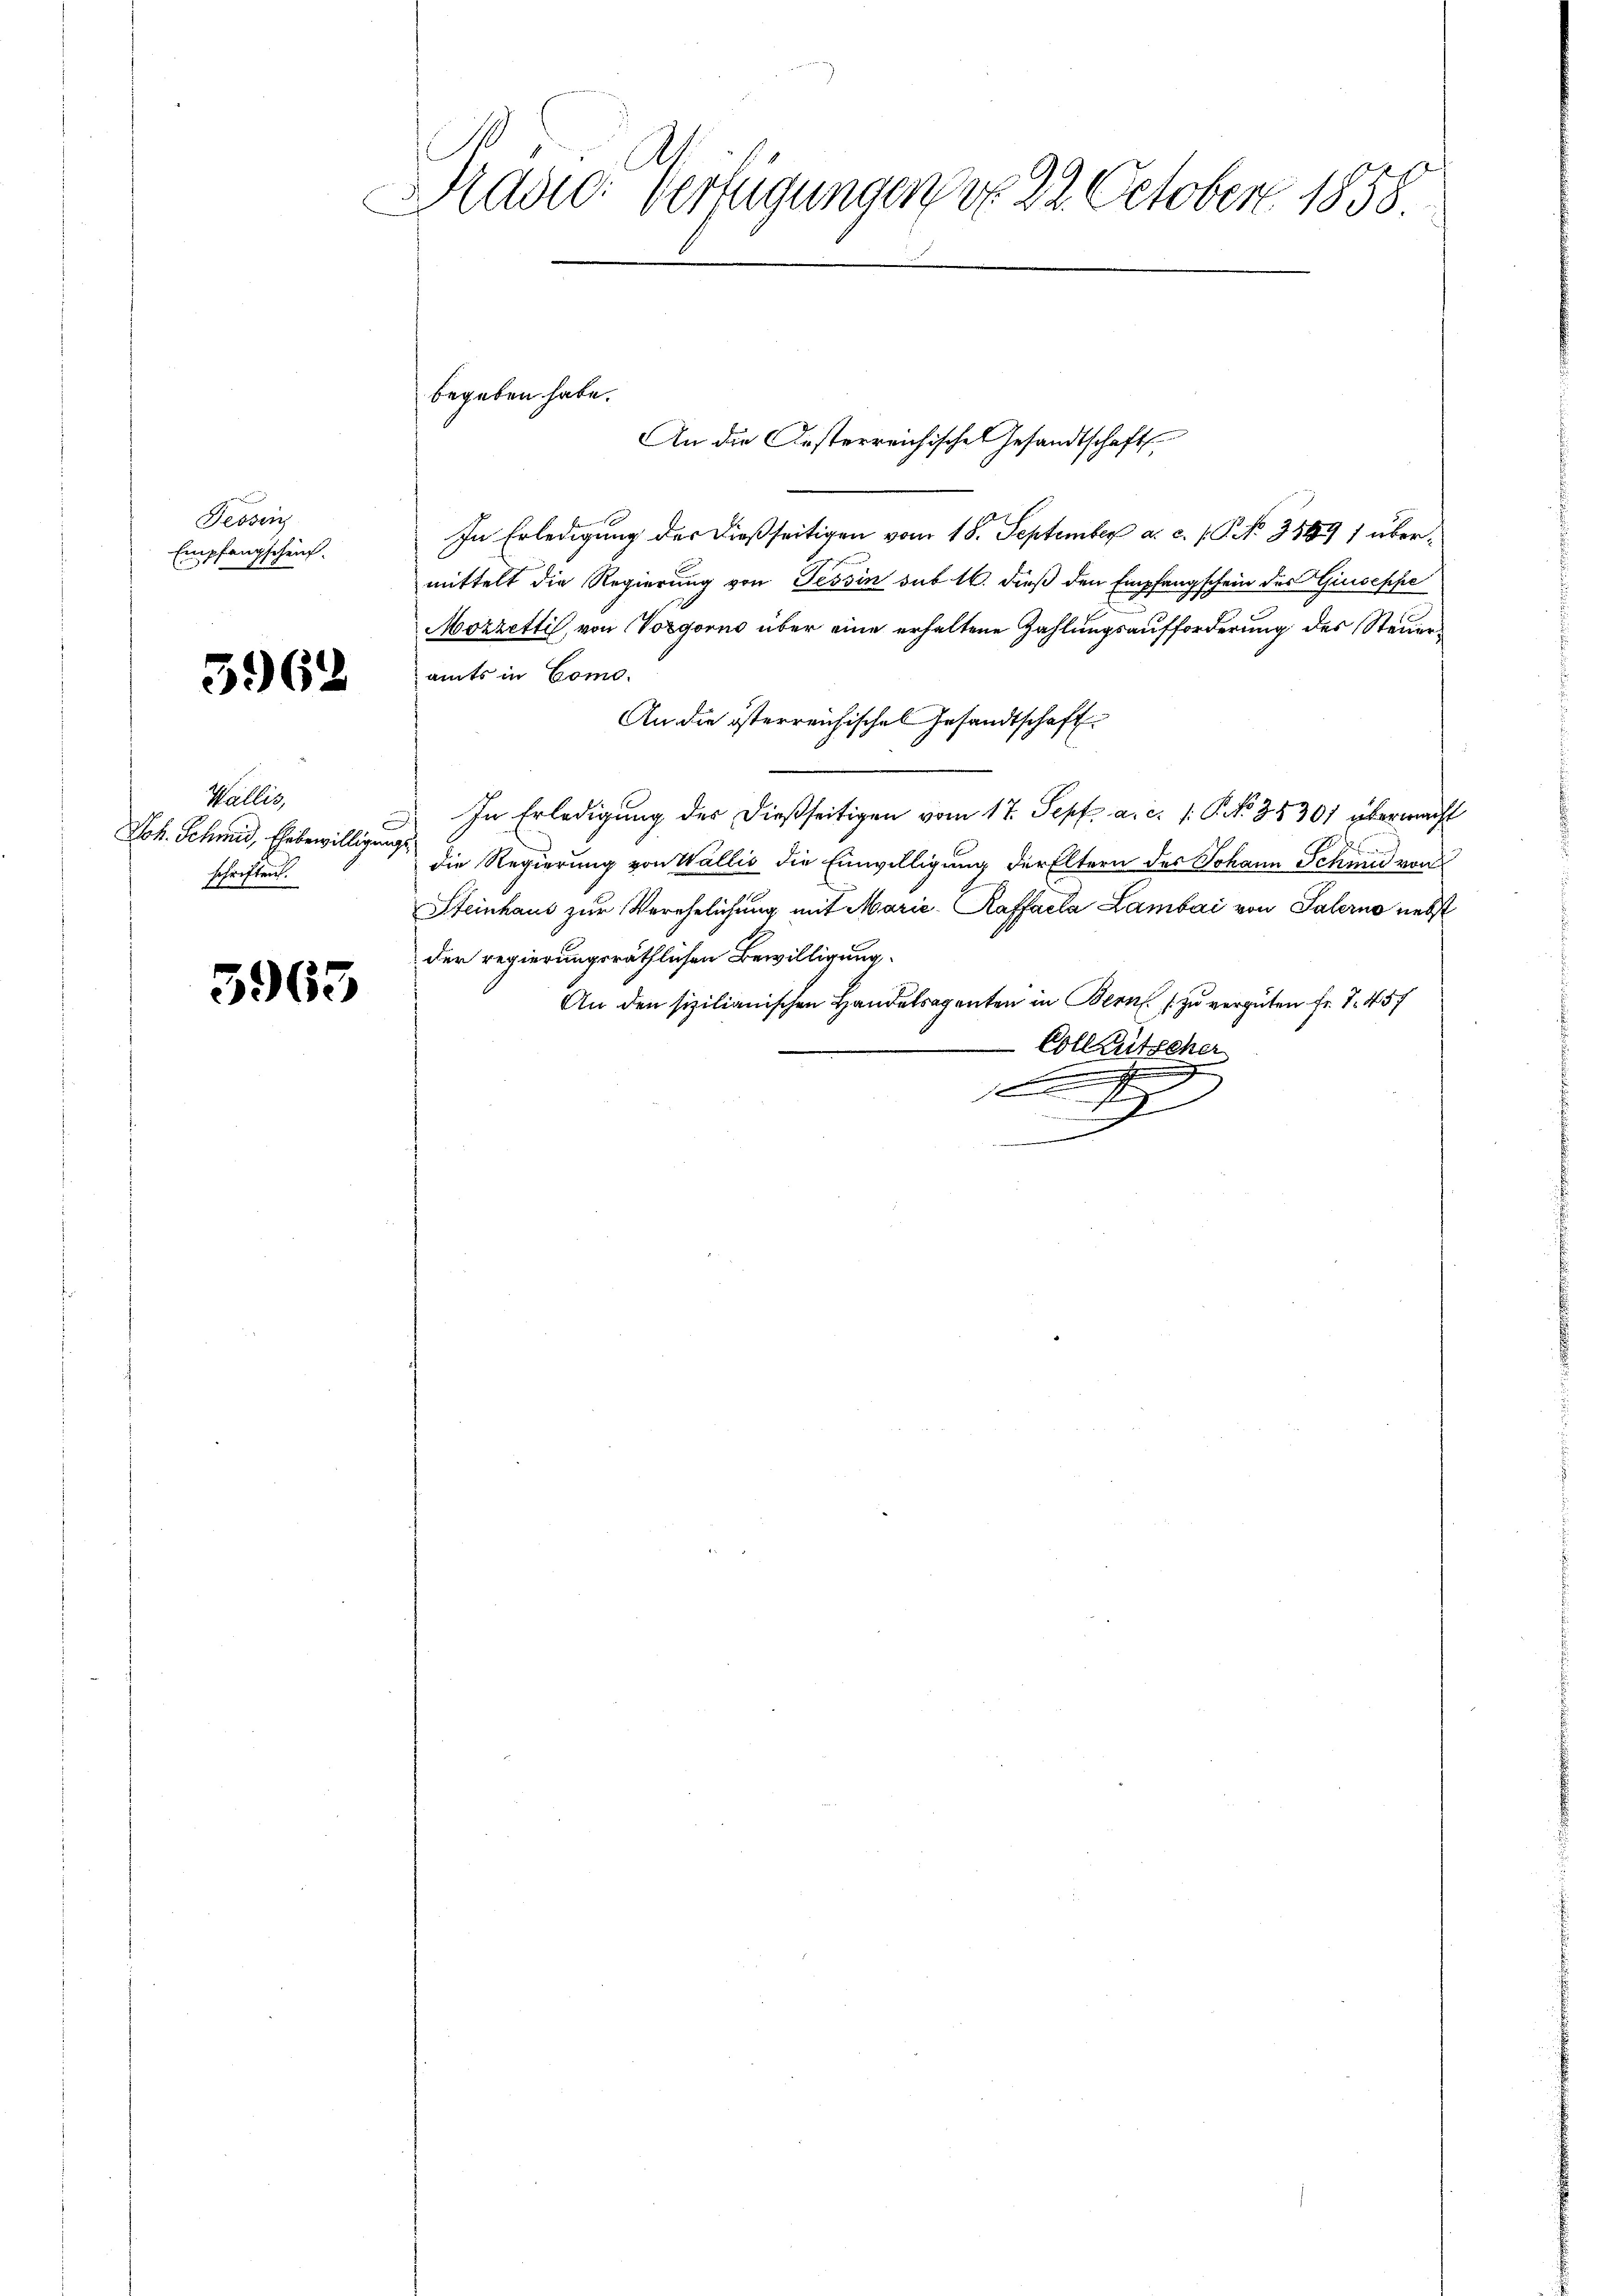
Tessin
Empfangscheint.

3962

Wällig
Joh. Schmid, Ehebewilligungsschriften.

5965

Prädie Verfügungen d. 22. October 1858.

In Erledigung der dießseitigen vom 18. September a. c. f. P. Nr. 3589) übermittelt die Regierung von Tessin sub 16. dieß den Empfangschein des Giuseppe
Mozzetti, von Vorgorno über eine erhaltene Zahlungsaufforderung des Steueramts in Como.
An die österreichisches Gesandtschaft
In Erledigung der dießseitigen vom 17. Sept. a. c. 1. P. NNo. 35301 übermacht
die Regierung von Wallis die Einwilligung der Eltern des Johann Schmid von
Steinhaus zur Verehelichung mit Marie Kaffaela Lambai von Palerno nebst
der regierungsräthlichen Bewilligung.
An den sizilianischen Handelsagenten in Bern zu vergüten Fr. 7. 457
Colleutscher
.
.
1
f
x
.

begeben habe.
An die Ansterreichische Gesandtschaft